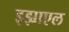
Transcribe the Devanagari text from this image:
इझ्राएल